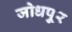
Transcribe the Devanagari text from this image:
जोधपु्र